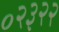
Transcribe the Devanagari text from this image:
०२३२२